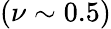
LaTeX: (\nu\sim 0.5)